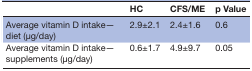
<table><thead><tr><td></td><td><b>HC</b></td><td><b>CFS/ME</b></td><td><b>p Value</b></td></tr></thead><tbody><tr><td>Average vitamin D intake—diet (μg/day)</td><td>2.9±2.1</td><td>2.4±1.6</td><td>0.6</td></tr><tr><td>Average vitamin D intake—supplements (μg/day)</td><td>0.6±1.7</td><td>4.9±9.7</td><td>0.05</td></tr></tbody></table>